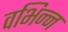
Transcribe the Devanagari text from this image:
वभिन्न